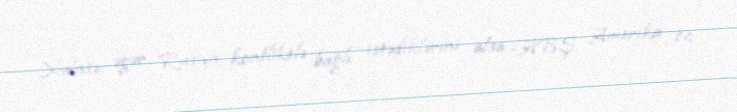
Xülasə, əgər Rusiya konfliktlə bağlı istədiklərini alsa -ABŞ, Amerika öz